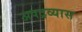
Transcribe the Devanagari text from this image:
अपद्रव्यास